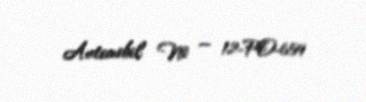
Avtomobil № — 12-PO-659